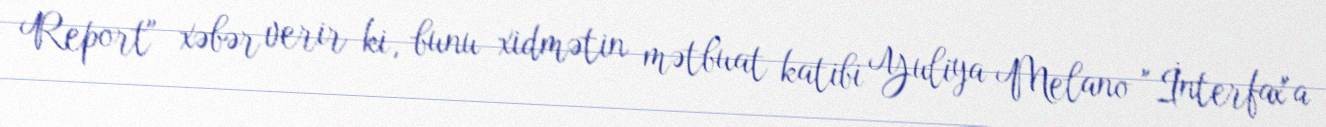
Report" xəbər verir ki, bunu xidmətin mətbuat katibi Yuliya Melano "İnterfax"a